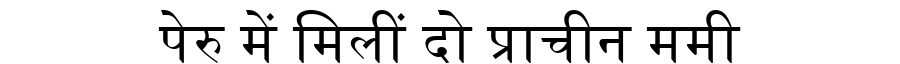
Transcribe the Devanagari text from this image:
पेरु में मिलीं दो प्राचीन ममी